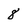
Character: 8